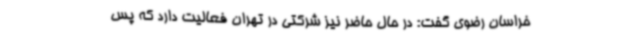
خراسان رضوی گفت: در حال حاضر نیز شرکتی در تهران فعالیت دارد که پس